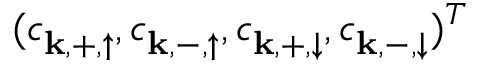
( c _ { { \bf k } , + , \uparrow } ^ { } , c _ { { \bf k } , - , \uparrow } ^ { } , c _ { { \bf k } , + , \downarrow } ^ { } , c _ { { \bf k } , - , \downarrow } ^ { } ) ^ { T }